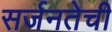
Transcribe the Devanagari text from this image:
सर्जनतेची